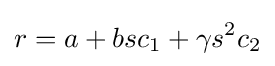
r=a+bsc_{1}+\gamma s^{2}c_{2}